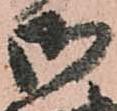
御